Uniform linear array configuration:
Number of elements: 24
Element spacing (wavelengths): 1
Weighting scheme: hamming
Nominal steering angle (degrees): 60
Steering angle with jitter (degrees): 58.375
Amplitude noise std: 0.05
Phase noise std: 0.05

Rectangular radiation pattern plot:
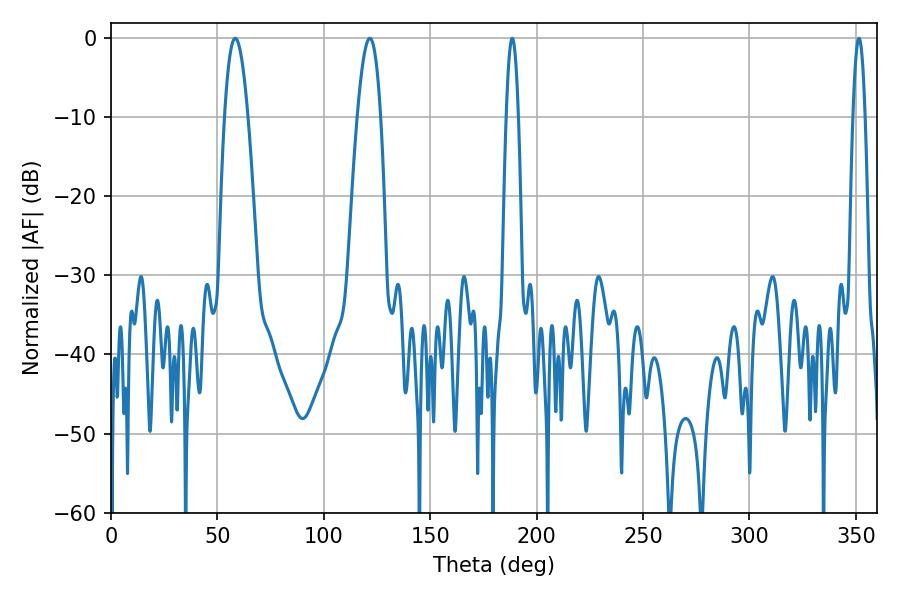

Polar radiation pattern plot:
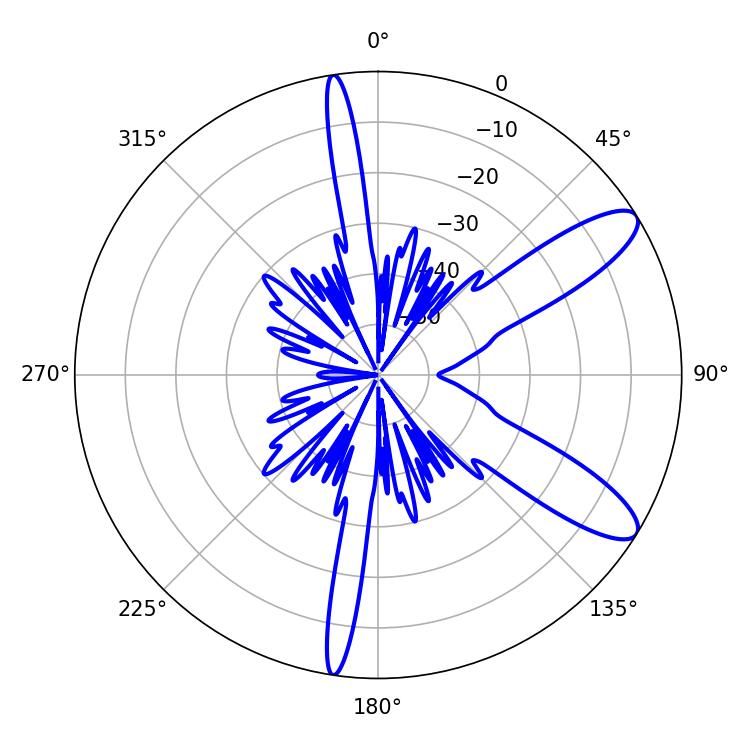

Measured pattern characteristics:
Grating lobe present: TRUE
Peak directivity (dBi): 10.539
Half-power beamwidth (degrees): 6.12
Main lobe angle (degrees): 58.32